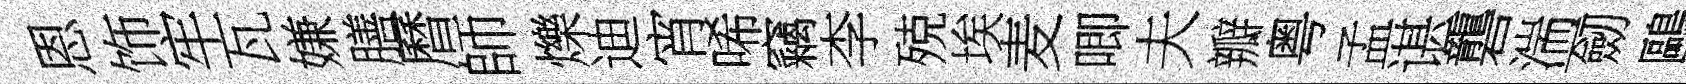
恩饰牢瓦嫌膳曆師爍迪宵唏竊李殑埃麦唧夫瓣粤孟谌礱湍一劒鷗